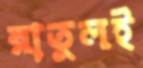
রাতুলই